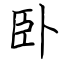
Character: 卧